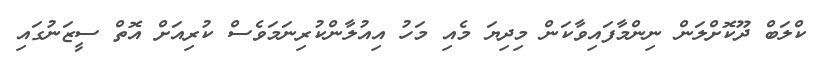
ކްލަބް ދޫކޮށްލަން ނިންމާފައިވާކަން މިދިޔަ މެއި މަހު އިއުލާންކުރިނަމަވެސް ކުރިއަށް އޮތް ސީޒަނުގައި